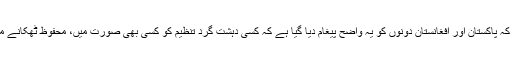
تاہم، ترجمان نے کہا کہ پاکستان اور افغانستان دونوں کو یہ واضح پیغام دیا گیا ہے کہ کسی دہشت گرد تنظیم کو کسی بھی صورت میں، محفوظ ٹھکانے میسر نہیں آنے چاہئیں۔